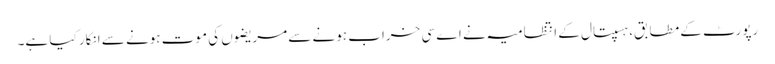
رپورٹ کے مطابق، ہسپتال کے انتظامیہ نے اے سی خراب ہونے سے مریضوں کی موت ہونے سے انکار کیا ہے۔